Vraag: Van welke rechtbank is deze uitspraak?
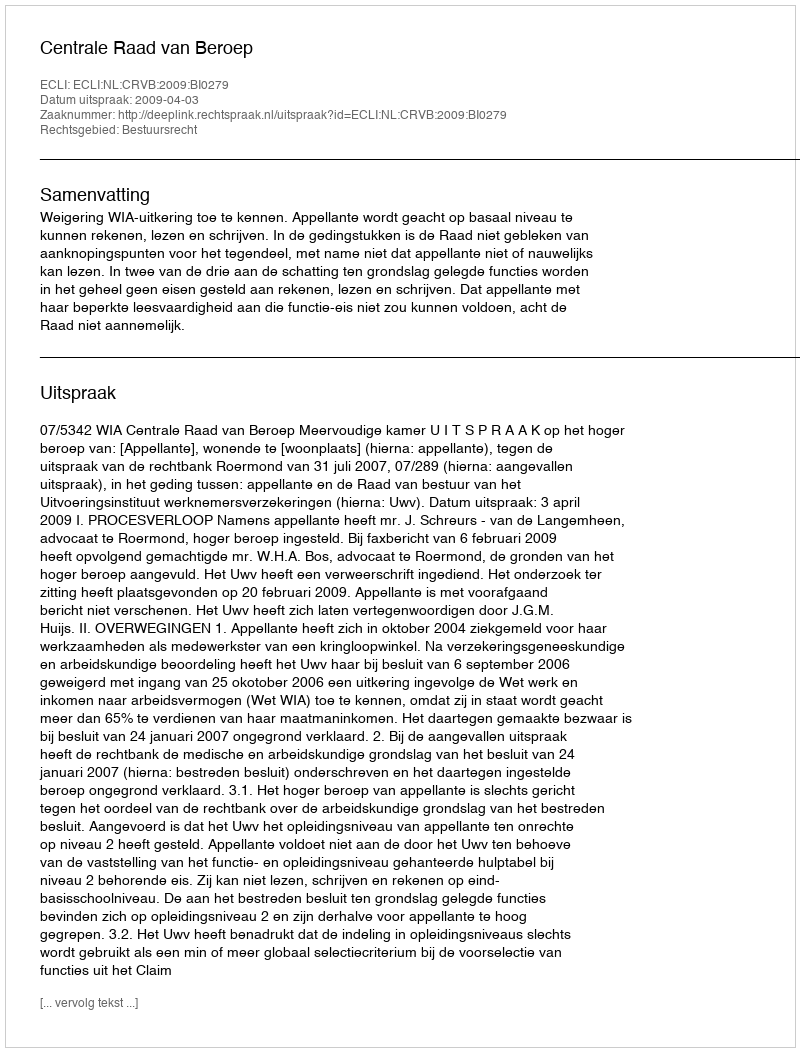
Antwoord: Centrale Raad van Beroep